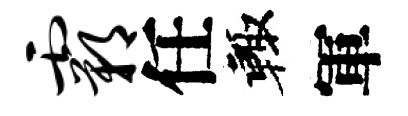
霸任輙軍